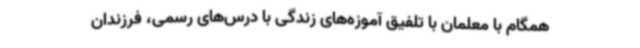
همگام با معلمان با تلفیق آموزه‌های زندگی با درس‌های رسمی، فرزندان